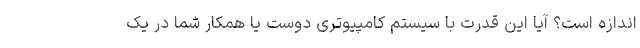
اندازه است؟ آیا این قدرت با سیستم کامپیوتری دوست یا همکار شما در یک